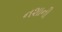
નશાની